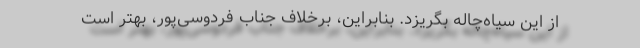
از این سیاه‌چاله بگریزد. بنابراین، برخلاف جناب فردوسی‌پور، بهتر است